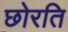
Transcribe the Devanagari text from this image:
छोरति